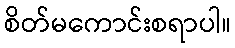
စိတ်မကောင်းစရာပါ။